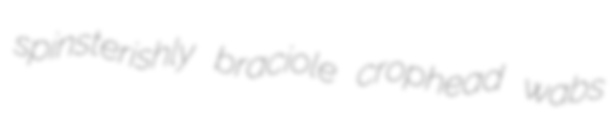
spinsterishly braciole crophead wabs